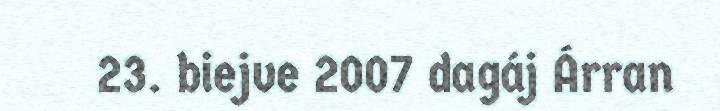
23. biejve 2007 dagáj Árran